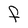
Character: F